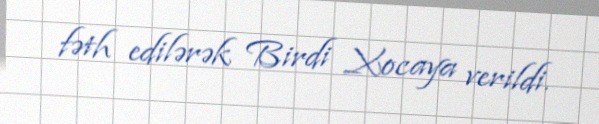
fəth edilərək Birdi Xocaya verildi.